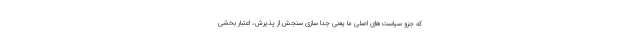
که جزو سیاست‌های اصلی ما یعنی جدا سازی سنجش از پذیرش، اعتبار بخشی